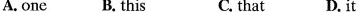
A. one B. this C. that D. it